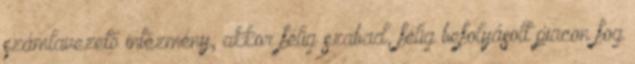
számlavezető intézmény, akkor félig szabad, félig befolyásolt piacon fog